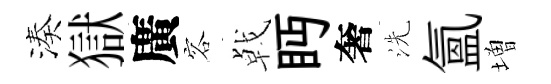
湊獄廣容㦸眄奢洗氲増